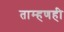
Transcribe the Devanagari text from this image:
ताम्हणही